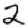
Digit: 2